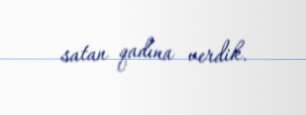
satan qadına verdik.